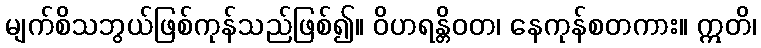
မျက်စိသဘွယ်ဖြစ်ကုန်သည်ဖြစ်၍။ ဝိဟရန္တိဝတ၊ နေကုန်စတကား။ ဣတိ၊